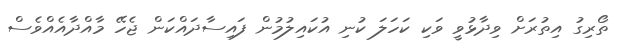
ތޯރިގު އިތުރަށް ވިދާޅުވީ ވަކި ކަހަލަ ކުނި އުކައިލުމުން ފައިސާދައްކަން ޖެހޭ މާއްދާއެއްވެސް